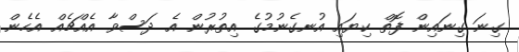
ގިނަ ގިނައިން ފޮތް ކިޔައި އުނގެނުމުގެ އިތުރުން އެ ދަސްވާ އެއްޗެއް އެހެން